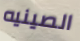
الصينيه